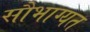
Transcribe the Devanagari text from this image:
सौभाग्यत